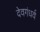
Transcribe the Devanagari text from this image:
देवगंधर्व